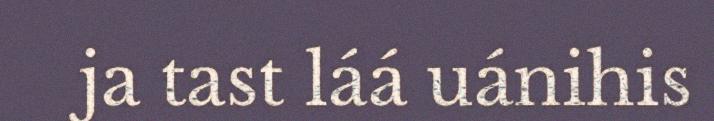
ja tast láá uánihis